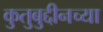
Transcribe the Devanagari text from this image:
कुतुबुद्दीनच्या